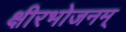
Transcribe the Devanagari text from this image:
क्षीरभोजनम्